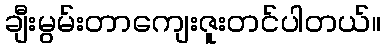
ချီးမွမ်းတာကျေးဇူးတင်ပါတယ်။